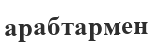
арабтармен